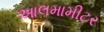
આલમામીટર